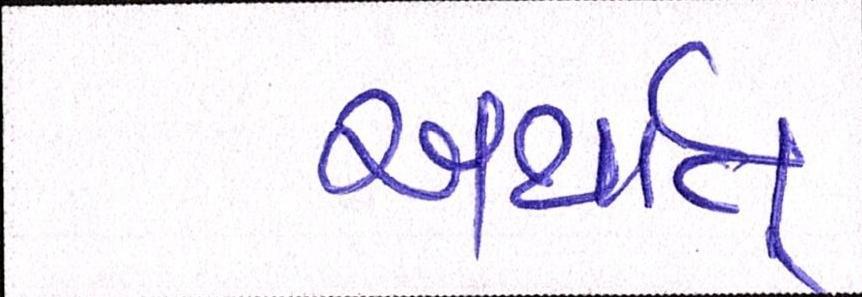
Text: અર્થાત્